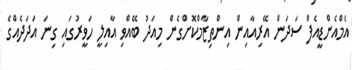
އެމްއެންޑީއެފް ސަދަން އޭރިއާއިން އިންތިޒާމްކޮށްގެން މިއަދު ބޭއްވި އާއިލީ ހަވީރުގައި ގިނަ އަދަދެއްގެ